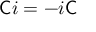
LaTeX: { \mathsf { C } } i = - i { \mathsf { C } }